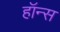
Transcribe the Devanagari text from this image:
हॉन्स